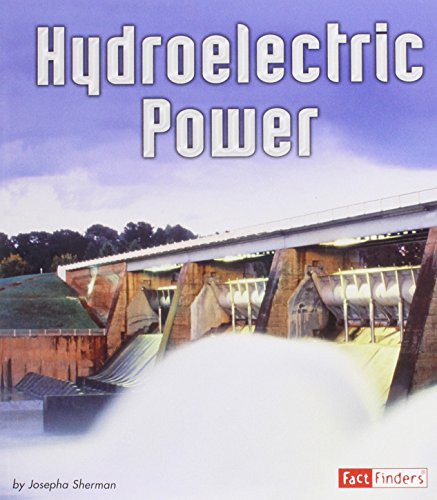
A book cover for Hydroelectric Power (Energy at Work); Josepha Sherman; Children's Books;